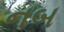
નબ